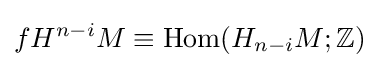
fH^{n-i}M\equiv \mathrm {Hom} (H_{n-i}M;\mathbb {Z} )